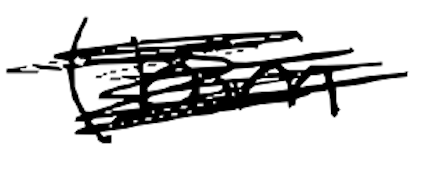
Text: (born
Cross-out: scratch
Writing tool: digital_black